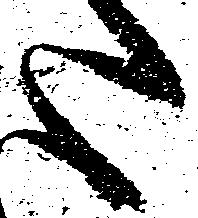
た